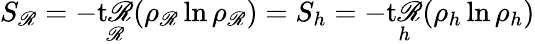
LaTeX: S_{\mathscr{R}}=-\mathop{\mathrm{{t\mathscr{R}}}}_{\mathscr{R}}(\rho_{\mathscr{R}}\ln\rho_{\mathscr{R}})=S_{h}=-\mathop{\mathrm{{t\mathscr{R}}}}_{h}(\rho_{h}\ln\rho_{h})